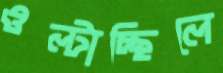
ওল্‌টাচ্ছিলে